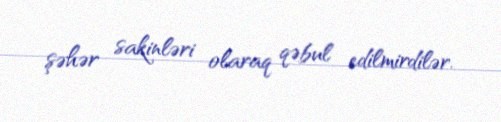
şəhər sakinləri olaraq qəbul edilmirdilər.